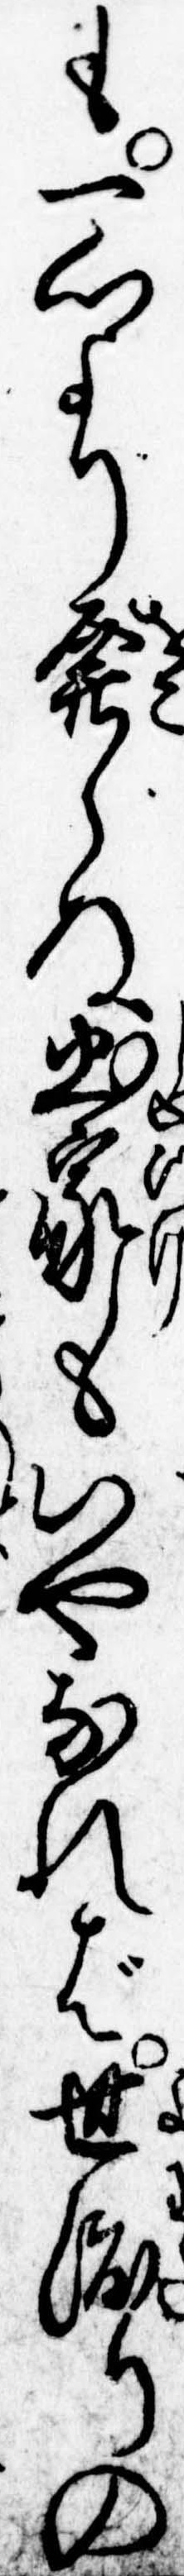
も一心より発らぬ出家もいやなれば世渡りの